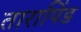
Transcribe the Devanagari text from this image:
तारापिंड